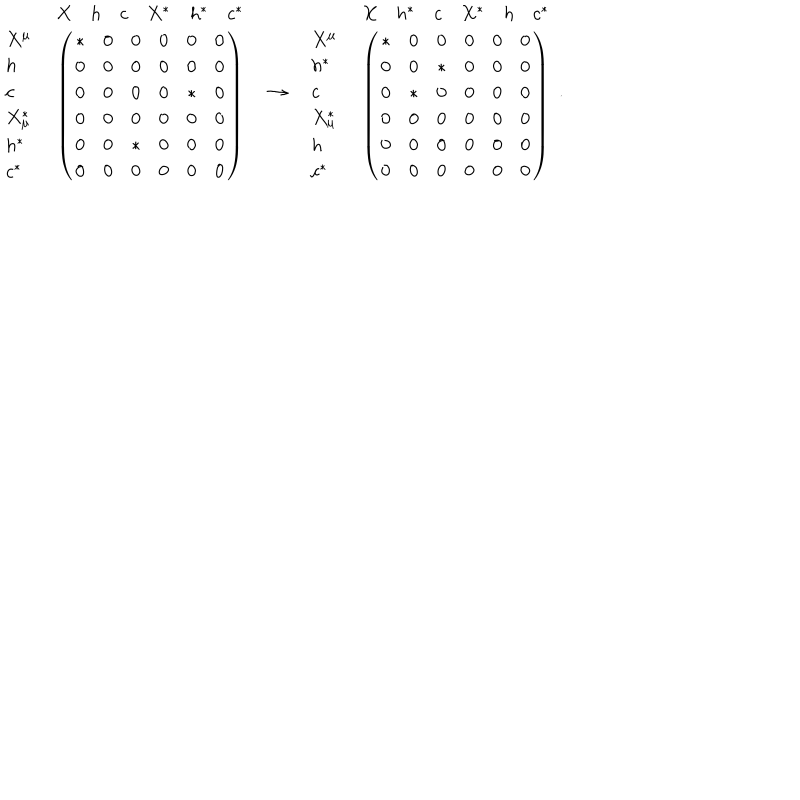
\begin{array} { l c r } { { \begin{array} { l c } { { } } & { { \begin{array} { c c c c c c } { { X } } & { { h } } & { { c } } & { { X ^ { * } } } & { { h ^ { * } } } & { { c ^ { * } } } \\ \end{array} } } \\ { { \begin{array} { l } { { X ^ { \mu } } } \\ { { h } } \\ { { c } } \\ { { X _ { \mu } ^ { * } } } \\ { { h ^ { * } } } \\ { { c ^ { * } } } \\ \end{array} } } & { { \left( \begin{matrix} { { * } } & { { 0 } } & { { 0 } } & { { 0 } } & { { 0 } } & { { 0 } } \\ { { 0 } } & { { 0 } } & { { 0 } } & { { 0 } } & { { 0 } } & { { 0 } } \\ { { 0 } } & { { 0 } } & { { 0 } } & { { 0 } } & { { * } } & { { 0 } } \\ { { 0 } } & { { 0 } } & { { 0 } } & { { 0 } } & { { 0 } } & { { 0 } } \\ { { 0 } } & { { 0 } } & { { * } } & { { 0 } } & { { 0 } } & { { 0 } } \\ { { 0 } } & { { 0 } } & { { 0 } } & { { 0 } } & { { 0 } } & { { 0 } } \\ \end{matrix} \right) } } \\ \end{array} } } & { { \rightarrow } } & { { \begin{array} { l c } { { } } & { { \begin{array} { c c c c c c } { { X } } & { { h ^ { * } } } & { { c } } & { { X ^ { * } } } & { { h } } & { { c ^ { * } } } \\ \end{array} } } \\ { { \begin{array} { l } { { X ^ { \mu } } } \\ { { h ^ { * } } } \\ { { c } } \\ { { X _ { \mu } ^ { * } } } \\ { { h } } \\ { { c ^ { * } } } \\ \end{array} } } & { { \left( \begin{matrix} { { * } } & { { 0 } } & { { 0 } } & { { 0 } } & { { 0 } } & { { 0 } } \\ { { 0 } } & { { 0 } } & { { * } } & { { 0 } } & { { 0 } } & { { 0 } } \\ { { 0 } } & { { * } } & { { 0 } } & { { 0 } } & { { 0 } } & { { 0 } } \\ { { 0 } } & { { 0 } } & { { 0 } } & { { 0 } } & { { 0 } } & { { 0 } } \\ { { 0 } } & { { 0 } } & { { 0 } } & { { 0 } } & { { 0 } } & { { 0 } } \\ { { 0 } } & { { 0 } } & { { 0 } } & { { 0 } } & { { 0 } } & { { 0 } } \\ \end{matrix} \right) } } \\ \end{array} } } \\ \end{array} .